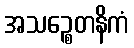
အသဉ္စေတနိကံ